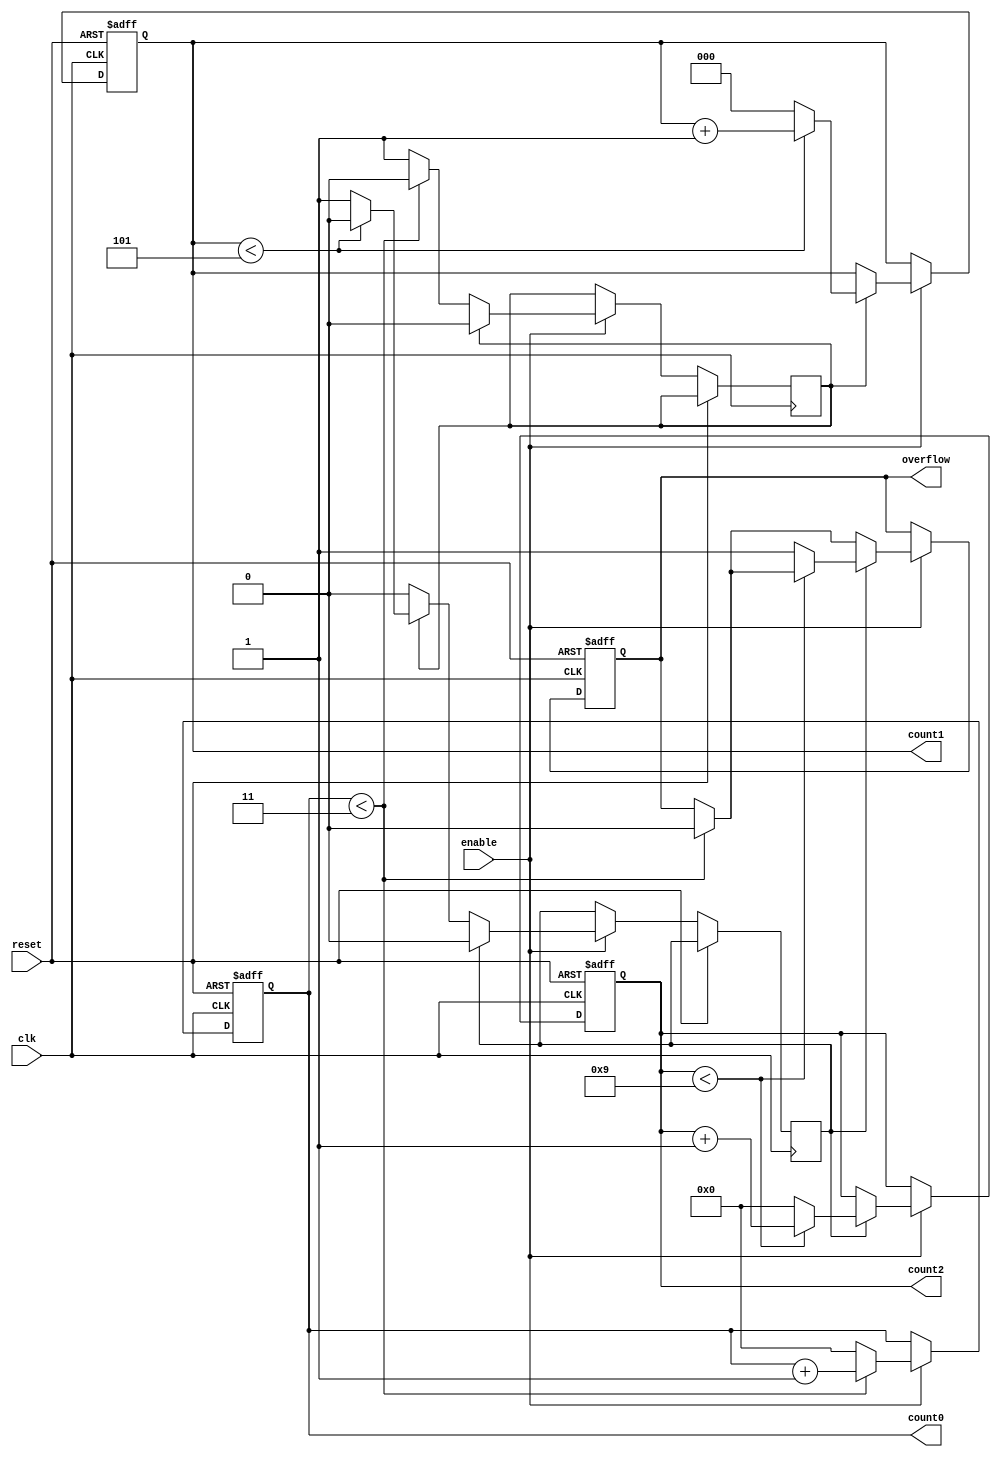
module mixed_radix_counter (
    input wire clk,                     // Clock signal
    input wire reset,                   // Asynchronous reset
    input wire enable,                  // Enable signal
    output reg [3:0] count0,            // Stage 0 count (4 states: 0-3)
    output reg [2:0] count1,            // Stage 1 count (6 states: 0-5)
    output reg [3:0] count2,            // Stage 2 count (10 states: 0-9)
    output reg overflow                  // Overflow signal
);

    // Radix definitions
    localparam R0 = 4;  // Stage 0 radix
    localparam R1 = 6;  // Stage 1 radix
    localparam R2 = 10; // Stage 2 radix

    // Internal signal to track overflow
    reg overflow_stage1, overflow_stage2;

    always @(posedge clk or posedge reset) begin
        if (reset) begin
            count0 <= 0;
            count1 <= 0;
            count2 <= 0;
            overflow <= 0;
        end else if (enable) begin
            // Counting mechanism for stage 0
            if (count0 < R0 - 1) begin
                count0 <= count0 + 1;
                overflow <= 0; // No overflow
            end else begin
                count0 <= 0; // Reset stage 0
                overflow_stage1 <= 1; // Indicate overflow to stage 1
            end
            
            // Counting mechanism for stage 1
            if (overflow_stage1) begin
                overflow_stage1 <= 0; // Clear overflow flag for stage 1
                if (count1 < R1 - 1) begin
                    count1 <= count1 + 1;
                end else begin
                    count1 <= 0; // Reset stage 1
                    overflow_stage2 <= 1; // Indicate overflow to stage 2
                end
            end
            
            // Counting mechanism for stage 2
            if (overflow_stage2) begin
                overflow_stage2 <= 0; // Clear overflow flag for stage 2
                if (count2 < R2 - 1) begin
                    count2 <= count2 + 1;
                end else begin
                    count2 <= 0; // Reset stage 2
                    overflow <= 1; // Indicate overall overflow
                end
            end
        end
    end

endmodule